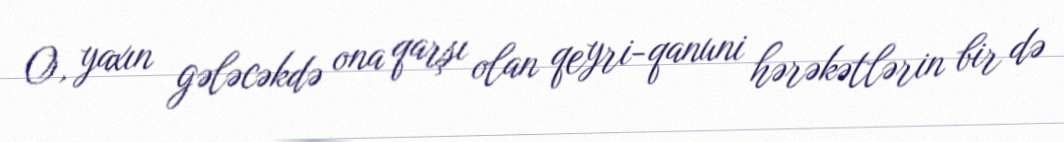
O, yaxın gələcəkdə ona qarşı olan qeyri-qanuni hərəkətlərin bir də